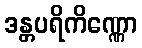
ဒန္တပရိကိဏ္ဏော